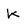
Character: k